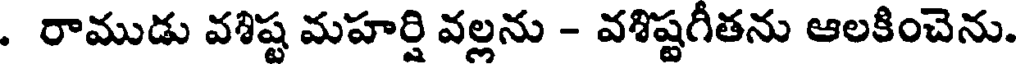
. రాముడు వశిష్ట మహర్షి వల్లను - వశిష్టగీతను ఆలకించెను.